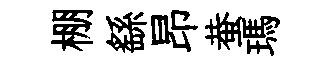
棚繇昂蛬瑪